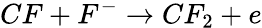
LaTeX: CF+F^{-}\rightarrow CF_{2}+e